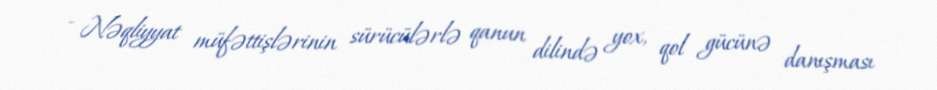
- Nəqliyyat müfəttişlərinin sürücülərlə qanun dilində yox, qol gücünə danışması